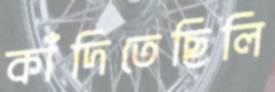
কাঁদিতেছিলি